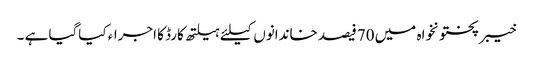
خیبرپختونخواہ میں 70فیصد خاندانوں کیلئے ہیلتھ کارڈ کا اجراء کیاگیا ہے ۔